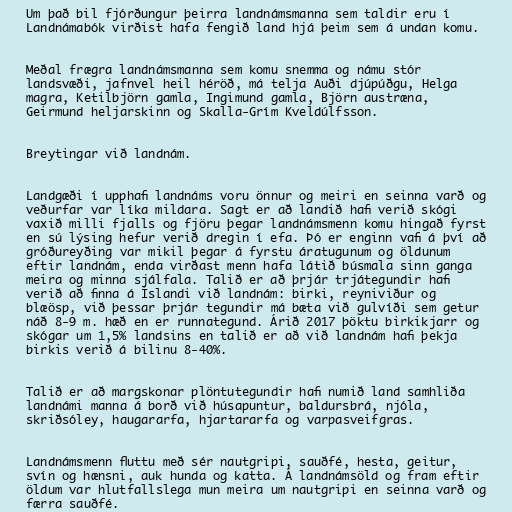
Um það bil fjórðungur þeirra landnámsmanna sem taldir eru í
Landnámabók virðist hafa fengið land hjá þeim sem á undan komu.

Meðal frægra landnámsmanna sem komu snemma og námu stór
landsvæði, jafnvel heil héröð, má telja Auði djúpúðgu, Helga
magra, Ketilbjörn gamla, Ingimund gamla, Björn austræna,
Geirmund heljarskinn og Skalla-Grím Kveldúlfsson.

Breytingar við landnám.

Landgæði í upphafi landnáms voru önnur og meiri en seinna varð og
veðurfar var líka mildara. Sagt er að landið hafi verið skógi
vaxið milli fjalls og fjöru þegar landnámsmenn komu hingað fyrst
en sú lýsing hefur verið dregin í efa. Þó er enginn vafi á því að
gróðureyðing var mikil þegar á fyrstu áratugunum og öldunum
eftir landnám, enda virðast menn hafa látið búsmala sinn ganga
meira og minna sjálfala. Talið er að þrjár trjátegundir hafi
verið að finna á Íslandi við landnám: birki, reyniviður og
blæösp, við þessar þrjár tegundir má bæta við gulvíði sem getur
náð 8-9 m. hæð en er runnategund. Árið 2017 þöktu birkikjarr og
skógar um 1,5% landsins en talið er að við landnám hafi þekja
birkis verið á bilinu 8-40%.

Talið er að margskonar plöntutegundir hafi numið land samhliða
landnámi manna á borð við húsapuntur, baldursbrá, njóla,
skriðsóley, haugararfa, hjartararfa og varpasveifgras.

Landnámsmenn fluttu með sér nautgripi, sauðfé, hesta, geitur,
svín og hænsni, auk hunda og katta. Á landnámsöld og fram eftir
öldum var hlutfallslega mun meira um nautgripi en seinna varð og
færra sauðfé.